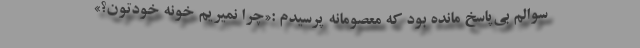
سوالم بی‌پاسخ مانده بود که معصومانه پرسیدم :«چرا نمیریم خونه خودتون؟»